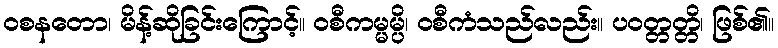
ဝစနတော၊ မိန့်ဆိုခြင်းကြောင့်။ ဝစီကမ္မမ္ပိ၊ ဝစီကံသည်လည်း။ ပဝတ္တတ္တိ၊ ဖြစ်၏။